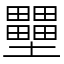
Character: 壨